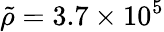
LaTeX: \tilde{\rho}=3.7\times 10^{5}